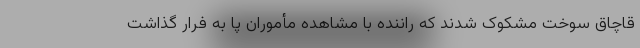
قاچاق سوخت مشکوک شدند که راننده با مشاهده مأموران پا به فرار گذاشت